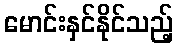
မောင်းနှင်နိုင်သည့်